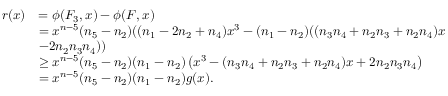
\begin{array} { r l } { r ( x ) } & { = \phi ( F _ { 3 } , x ) - \phi ( F , x ) } \\ & { = x ^ { n - 5 } ( n _ { 5 } - n _ { 2 } ) ( ( n _ { 1 } - 2 n _ { 2 } + n _ { 4 } ) x ^ { 3 } - ( n _ { 1 } - n _ { 2 } ) ( ( n _ { 3 } n _ { 4 } + n _ { 2 } n _ { 3 } + n _ { 2 } n _ { 4 } ) x } \\ & { - 2 n _ { 2 } n _ { 3 } n _ { 4 } ) ) } \\ & { \geq x ^ { n - 5 } ( n _ { 5 } - n _ { 2 } ) ( n _ { 1 } - n _ { 2 } ) \left( x ^ { 3 } - ( n _ { 3 } n _ { 4 } + n _ { 2 } n _ { 3 } + n _ { 2 } n _ { 4 } ) x + 2 n _ { 2 } n _ { 3 } n _ { 4 } \right) } \\ & { = x ^ { n - 5 } ( n _ { 5 } - n _ { 2 } ) ( n _ { 1 } - n _ { 2 } ) g ( x ) . } \end{array}